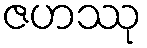
ဇဟဿု